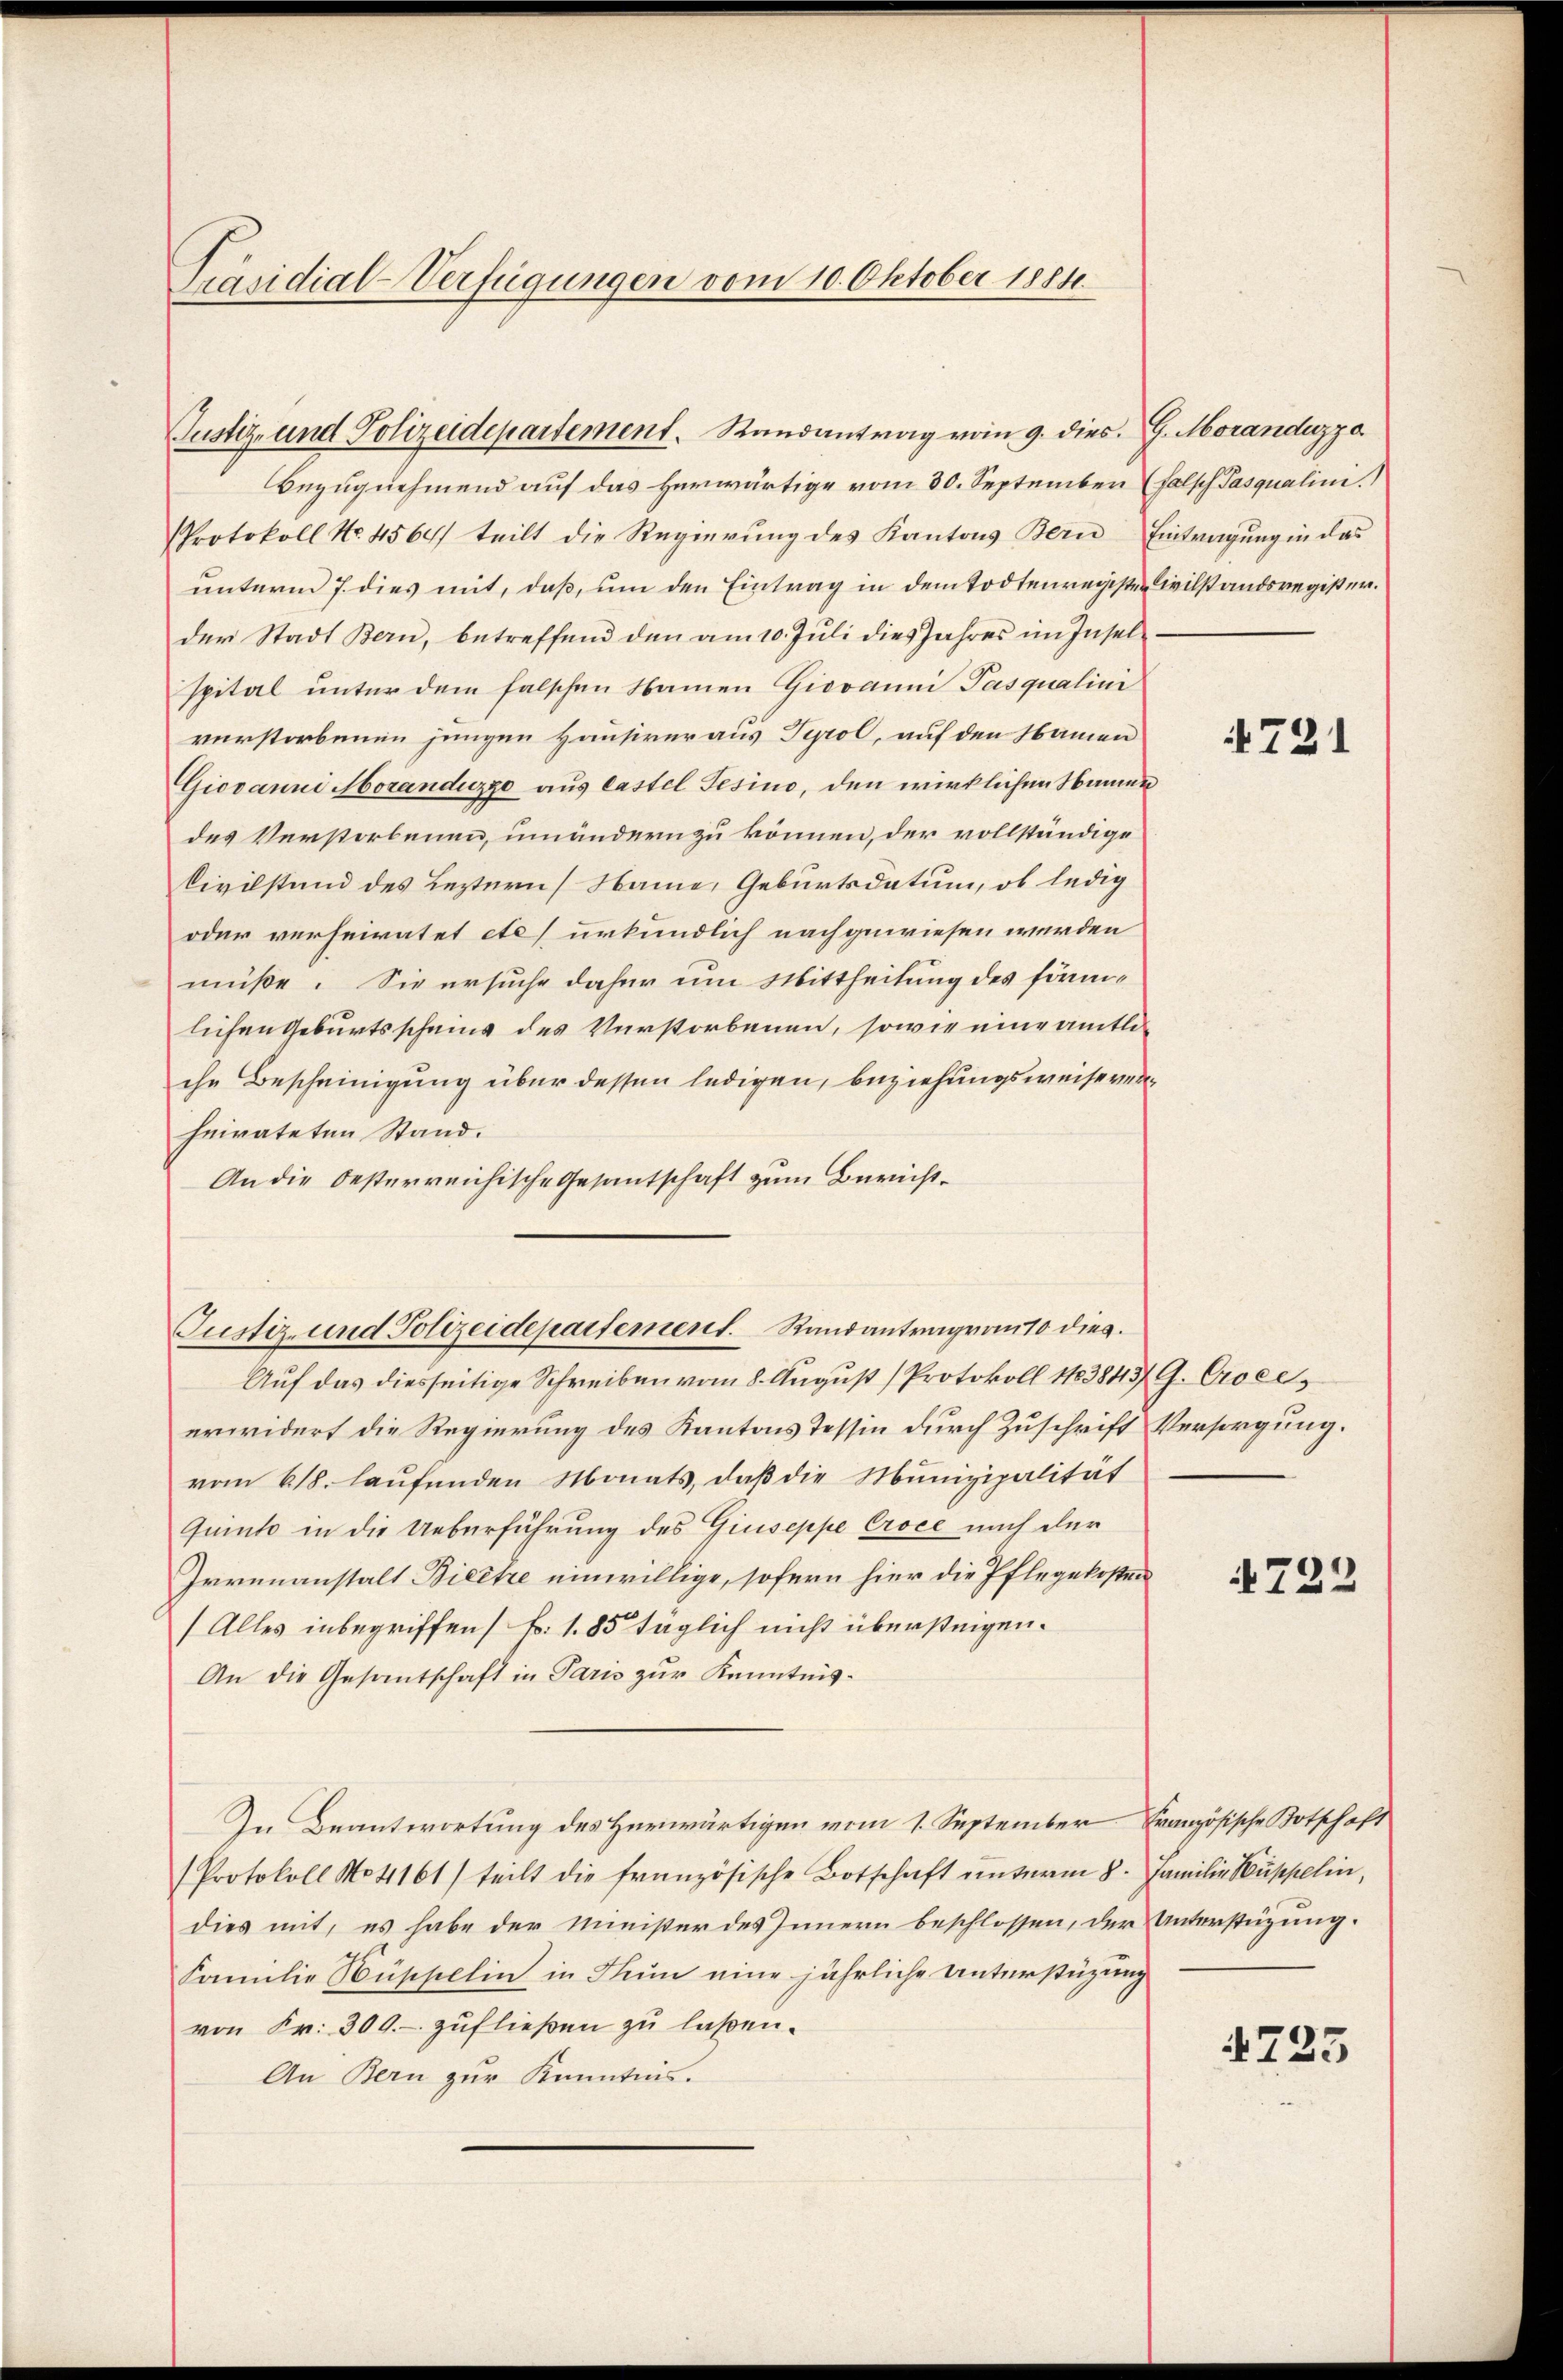
Präsidial-Verfügungen vom 10. Oktober 1884.

Justiz- und Polizeidepartement. Randantrag vom 9. dies. 9. Moranduzza
Bezugnehmend auf das herwärtige vom 30. September (Falsch Pasqualini.
Protokoll No. 4564) teilt die Regierung des Kantons Bern Eintragung in das
unterm 7. dies mit, daß, um den Eintrag in dem Todtenregister Civilstandsregister.
der Stadt Bern, betreffend den am 10. Juli dies Jahres im Inselspital unter dem falschen Namen Giovanni Pasqualini
verstorbenen jungen Hausiveraus Tyrol, auf den Namen
Giovanni Mozanduzzo aus Castel Gesino, den wirklichen Namen
des Verstorbenen, umändern zu können, der vollständige
Civilstand des Leztern Name, Geburtsdatum, ob ledig
oder verheiratet etc) urkundlich nachgewiesen werden
müße. Sie ersuche daher um Mittheilung des förmilichen Geburtsschning des Verstorbenen, sowie eine amtli
che Bescheinigung über dessen ledigen, beziehungsweise verheirateten Stand.
An die besterreichische Gesantschaft zum Bericht¬
Auf das diesseitige Schreiben vom 8. August (Protokoll 1183843/ G. Croces
erwidert die Regierung des Kantons Tessin durch Zuschrift Versorgung.
vom 618. laufenden Monats, daß die Munizipalität
Quinto in die Ueberführung des Giuseppe Croce nach der
Irrenanstalt Biecte einwillige, sofern hier die Pflegekosten
(Alles inbegriffen) Fr. 1. 85 täglich nicht übersteigen.
An die Gesantschaft in Paris zur Kenntnis¬
In Beantwortung des Herwärtigen vom 1. September Französische Botschaft
(Protokoll No 1161) teilt die französische Botschaft unterm 8. Familie Kuppelin,
dies mit, es habe der Minister des Innern beschlossen, der Unterstüzung.
Familie Hüppelin in Num eine jährliche Unterstüzung
von Fr. 300.- zufließen zu laßen.
An Bern zur Kenntnis.

Justiz- und Polizeidepartement. Randantrag vom 10 dies

721

4722

4725